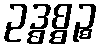
ဥဒ္ဓစ္စဉ္စ